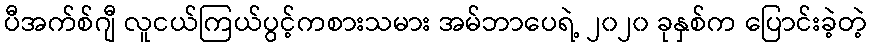
ပီအက်စ်ဂျီ လူငယ်ကြယ်ပွင့်ကစားသမား အမ်ဘာပေရဲ့ ၂၀၂၀ ခုနှစ်က ပြောင်းခဲ့တဲ့